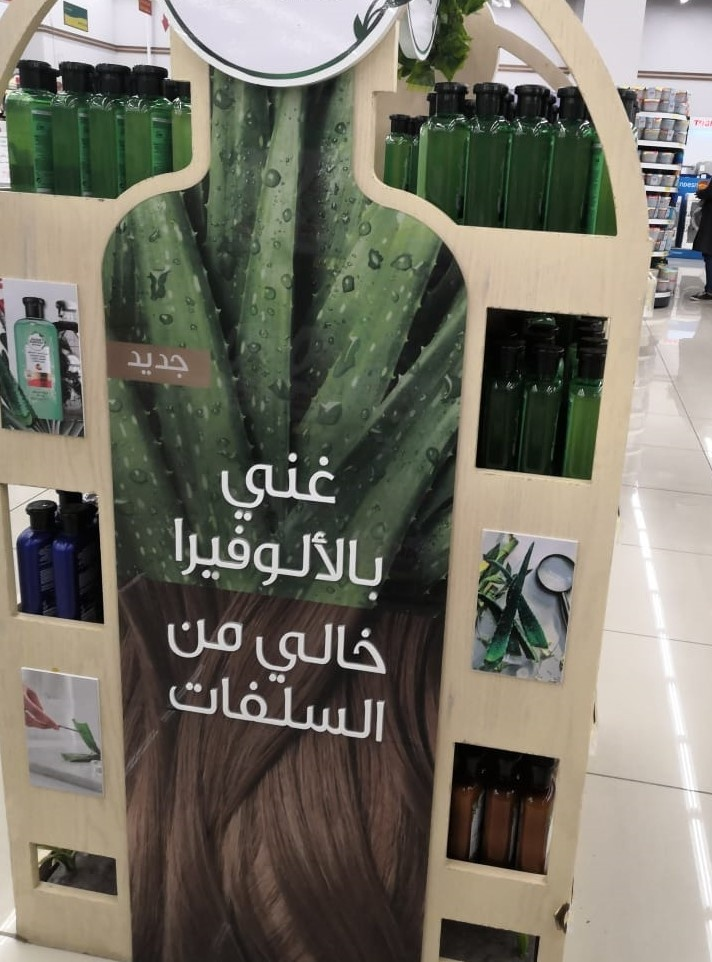
Text in image: جديد غني بالألوفيرا من خالي السلفات